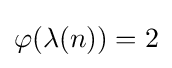
\varphi (\lambda (n))=2